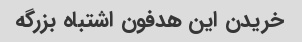
خریدن این هدفون اشتباه بزرگه